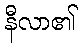
နီလာ၏